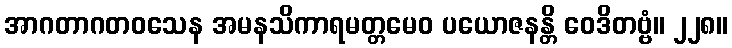
အာဂတာဂတဝသေန အမနသိကာရမတ္တမေဝ ပယောဇနန္တိ ဝေဒိတဗ္ဗံ။ ၂၂၈။